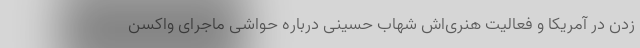
زدن در آمریکا و فعالیت هنری‌اش شهاب حسینی درباره حواشی ماجرای واکسن